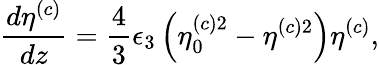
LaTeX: \frac{d\eta^{(c)}}{dz}=\frac{4}{3}\epsilon_{3}\left(\eta_{0}^{(c)2}-\eta^{(c)2}\right)\eta^{(c)},